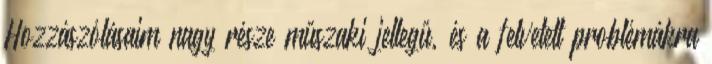
Hozzászólásaim nagy része műszaki jellegű, és a felvetett problémákra